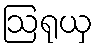
ဩရုယှ